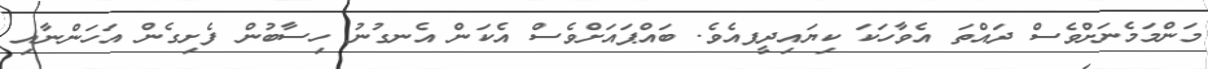
މަންމަމެނަށްވެސް ދައްތަ އެވާހަކަ ކިޔައިދީފއެވެ. ބައްޕައަށްވެސް އެކަން އެނގުނު ހިސާބުން ފެށިގެން އަހަންނާއި